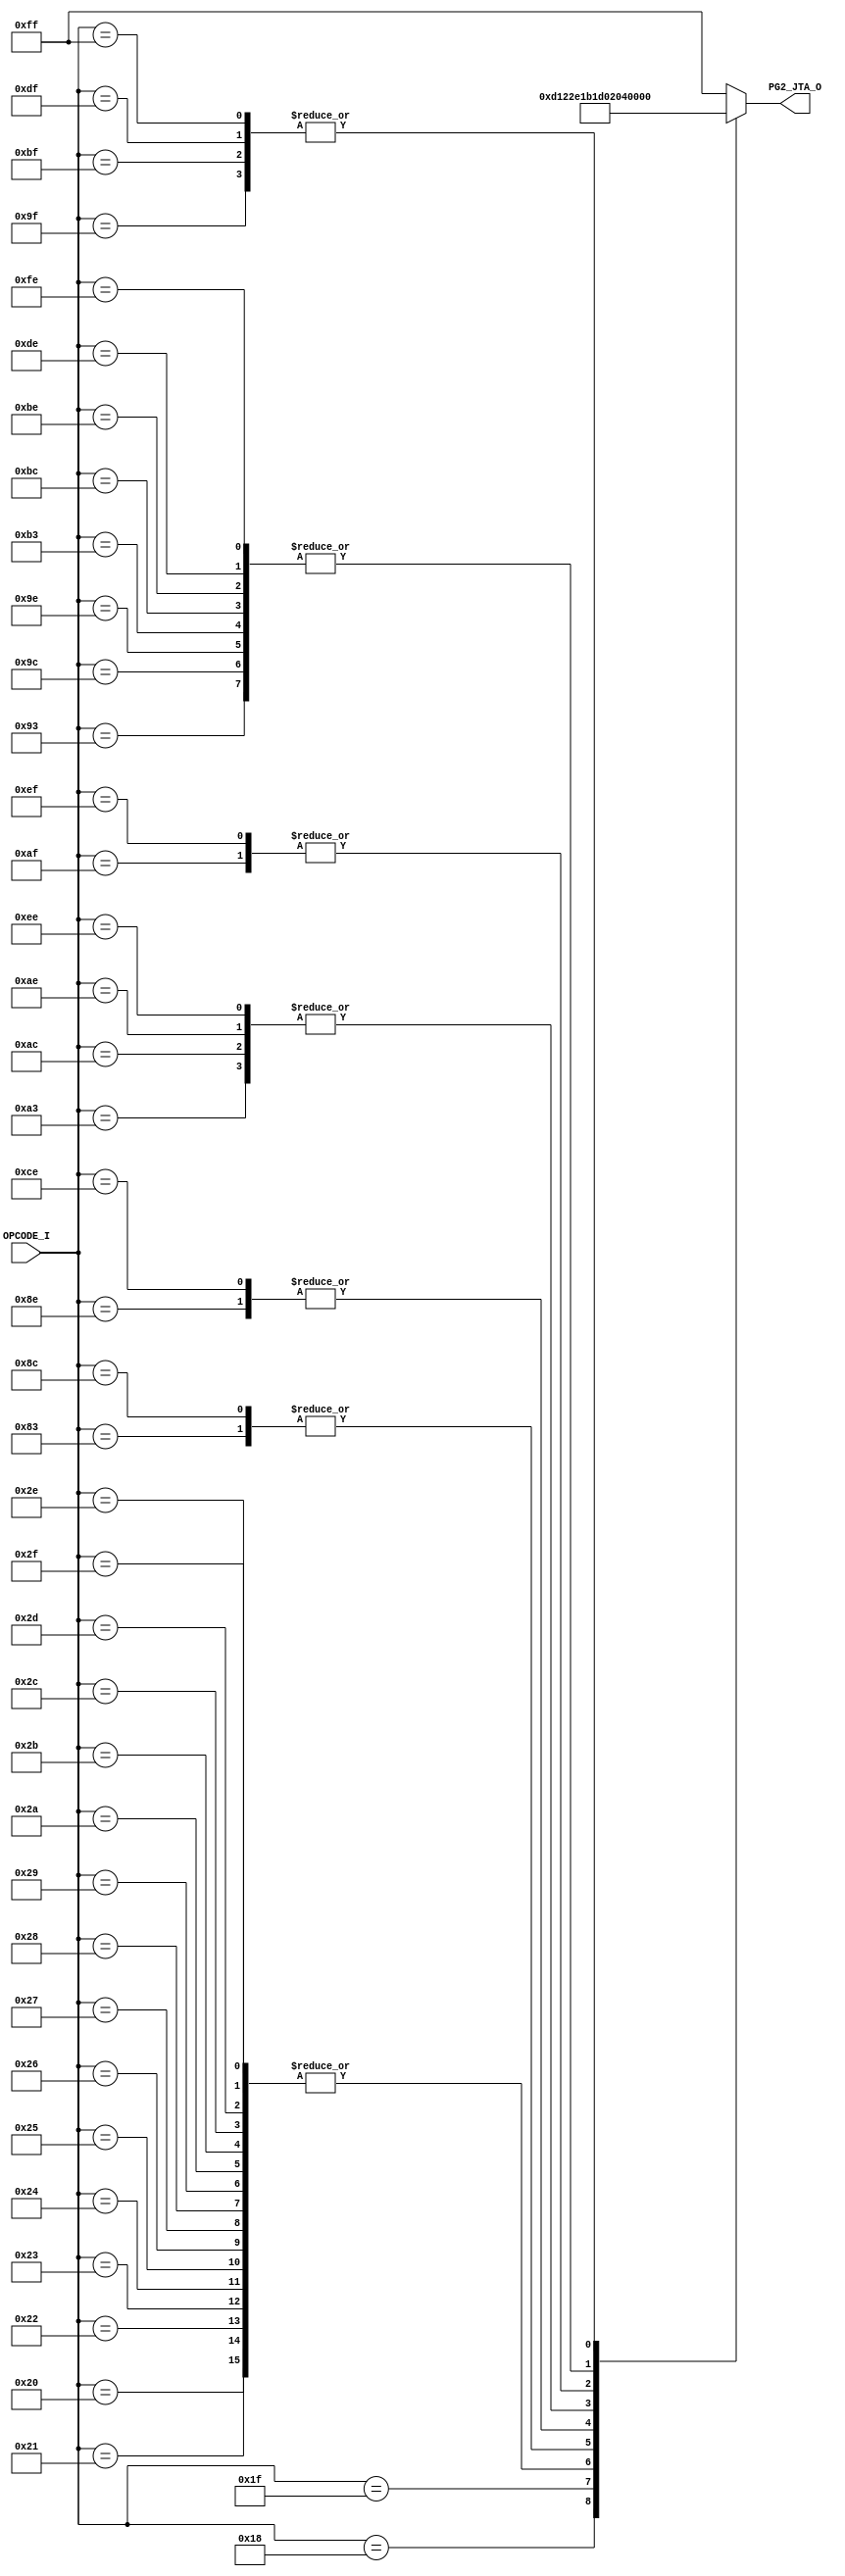
// [TURBO9_DECODE_HEADER_START]
//////////////////////////////////////////////////////////////////////////////
//                          Turbo9 Microprocessor IP
//////////////////////////////////////////////////////////////////////////////
// Website: www.turbo9.org
// Contact: team[at]turbo9[dot]org
//////////////////////////////////////////////////////////////////////////////
// [TURBO9_DECODE_LICENSE_START]
// BSD-1-Clause
//
// Copyright (c) 2020-2023
// Kevin Phillipson
// Michael Rywalt
// All rights reserved.
//
// Redistribution and use in source and binary forms, with or without
// modification, are permitted provided that the following conditions are met:
//
// 1. Redistributions of source code must retain the above copyright notice,
//    this list of conditions and the following disclaimer.
//
// THIS SOFTWARE IS PROVIDED BY THE COPYRIGHT HOLDERS AND CONTRIBUTORS "AS IS"
// AND ANY EXPRESS OR IMPLIED WARRANTIES, INCLUDING, BUT NOT LIMITED TO, THE
// IMPLIED WARRANTIES OF MERCHANTABILITY AND FITNESS FOR A PARTICULAR PURPOSE
// ARE DISCLAIMED. IN NO EVENT SHALL THE COPYRIGHT HOLDERS AND CONTRIBUTORS BE
// LIABLE FOR ANY DIRECT, INDIRECT, INCIDENTAL, SPECIAL, EXEMPLARY, OR
// CONSEQUENTIAL DAMAGES (INCLUDING, BUT NOT LIMITED TO, PROCUREMENT OF
// SUBSTITUTE GOODS OR SERVICES; LOSS OF USE, DATA, OR PROFITS; OR BUSINESS
// INTERRUPTION) HOWEVER CAUSED AND ON ANY THEORY OF LIABILITY, WHETHER IN
// CONTRACT, STRICT LIABILITY, OR TORT (INCLUDING NEGLIGENCE OR OTHERWISE)
// ARISING IN ANY WAY OUT OF THE USE OF THIS SOFTWARE, EVEN IF ADVISED OF THE
// POSSIBILITY OF SUCH DAMAGE.
// [TURBO9_DECODE_LICENSE_END]
//////////////////////////////////////////////////////////////////////////////
// Description:
// Assembled from turbo9_urtl.asm file
// built using cv_MICRO_SEQ_BRANCH_ADDR ctrl_vec
//
//////////////////////////////////////////////////////////////////////////////
// History:
// 07.14.2023 - Kevin Phillipson
//   File header added
//
//////////////////////////////////////////////////////////////////////////////
// [TURBO9_DECODE_HEADER_END]

/////////////////////////////////////////////////////////////////////////////
//                                MODULE
/////////////////////////////////////////////////////////////////////////////
module turbo9_urtl_decode_pg2_JTA(
  input      [7:0] OPCODE_I,
  output reg [7:0] PG2_JTA_O
);

/////////////////////////////////////////////////////////////////////////////
//                                LOGIC
/////////////////////////////////////////////////////////////////////////////

always @* begin
  case (OPCODE_I)
    8'h18 : PG2_JTA_O = 8'hd; // SAU16       IDIVS (inh)
    8'h1F : PG2_JTA_O = 8'h12; // CPY         CPY (inh)
    8'h20 : PG2_JTA_O = 8'h2e; // BRANCH      LBRA LBRN LBHI LBLS
    8'h21 : PG2_JTA_O = 8'h2e; // BRANCH      LBRA LBRN LBHI LBLS
    8'h22 : PG2_JTA_O = 8'h2e; // BRANCH      LBRA LBRN LBHI LBLS
    8'h23 : PG2_JTA_O = 8'h2e; // BRANCH      LBRA LBRN LBHI LBLS
    8'h24 : PG2_JTA_O = 8'h2e; // BRANCH      LBCC LBCS LBNE LBEQ
    8'h25 : PG2_JTA_O = 8'h2e; // BRANCH      LBCC LBCS LBNE LBEQ
    8'h26 : PG2_JTA_O = 8'h2e; // BRANCH      LBCC LBCS LBNE LBEQ
    8'h27 : PG2_JTA_O = 8'h2e; // BRANCH      LBCC LBCS LBNE LBEQ
    8'h28 : PG2_JTA_O = 8'h2e; // BRANCH      LBVC LBVS LBPL LBMI
    8'h29 : PG2_JTA_O = 8'h2e; // BRANCH      LBVC LBVS LBPL LBMI
    8'h2A : PG2_JTA_O = 8'h2e; // BRANCH      LBVC LBVS LBPL LBMI
    8'h2B : PG2_JTA_O = 8'h2e; // BRANCH      LBVC LBVS LBPL LBMI
    8'h2C : PG2_JTA_O = 8'h2e; // BRANCH      LBGE LBLT LBGT LBLE
    8'h2D : PG2_JTA_O = 8'h2e; // BRANCH      LBGE LBLT LBGT LBLE
    8'h2E : PG2_JTA_O = 8'h2e; // BRANCH      LBGE LBLT LBGT LBLE
    8'h2F : PG2_JTA_O = 8'h2e; // BRANCH      LBGE LBLT LBGT LBLE
    8'h83 : PG2_JTA_O = 8'h1b; // CMP         CMPD (imm)
    8'h8C : PG2_JTA_O = 8'h1b; // CMP         CMPY (imm)
    8'h8E : PG2_JTA_O = 8'h1d; // LD          LDY (imm)
    8'h93 : PG2_JTA_O = 8'h1; // LD_DIR_EXT  CMPD (dir ext)
    8'h9C : PG2_JTA_O = 8'h1; // LD_DIR_EXT  CMPY (dir ext)
    8'h9E : PG2_JTA_O = 8'h1; // LD_DIR_EXT  LDY (dir ext)
    8'h9F : PG2_JTA_O = 8'h22; // ST          STY (dir ext)
    8'hA3 : PG2_JTA_O = 8'h2; // LD_INDEXED  CMPD (idx)
    8'hAC : PG2_JTA_O = 8'h2; // LD_INDEXED  CMPY (idx)
    8'hAE : PG2_JTA_O = 8'h2; // LD_INDEXED  LDY (idx)
    8'hAF : PG2_JTA_O = 8'h4; // ST_INDEXED  STY (idx)
    8'hB3 : PG2_JTA_O = 8'h1; // LD_DIR_EXT  CMPD (dir ext)
    8'hBC : PG2_JTA_O = 8'h1; // LD_DIR_EXT  CMPY (dir ext)
    8'hBE : PG2_JTA_O = 8'h1; // LD_DIR_EXT  LDY (dir ext)
    8'hBF : PG2_JTA_O = 8'h22; // ST          STY (dir ext)
    8'hCE : PG2_JTA_O = 8'h1d; // LD          LDS (imm)
    8'hDE : PG2_JTA_O = 8'h1; // LD_DIR_EXT  LDS (dir ext)
    8'hDF : PG2_JTA_O = 8'h22; // ST          STS (dir ext)
    8'hEE : PG2_JTA_O = 8'h2; // LD_INDEXED  LDS (idx)
    8'hEF : PG2_JTA_O = 8'h4; // ST_INDEXED  STS (idx)
    8'hFE : PG2_JTA_O = 8'h1; // LD_DIR_EXT  LDS (dir ext)
    8'hFF : PG2_JTA_O = 8'h22; // ST          STS (dir ext)
    default : PG2_JTA_O = 8'hFF; // from decode_init
  endcase
end

`ifdef SIM_TURBO9

reg [(8*64):0] PG2_JTA_op;

always @* begin
  case (OPCODE_I)
    8'h18 : PG2_JTA_op = "IDIVS (inh)";
    8'h1F : PG2_JTA_op = "CPY (inh)";
    8'h20 : PG2_JTA_op = "LBRA LBRN LBHI LBLS";
    8'h21 : PG2_JTA_op = "LBRA LBRN LBHI LBLS";
    8'h22 : PG2_JTA_op = "LBRA LBRN LBHI LBLS";
    8'h23 : PG2_JTA_op = "LBRA LBRN LBHI LBLS";
    8'h24 : PG2_JTA_op = "LBCC LBCS LBNE LBEQ";
    8'h25 : PG2_JTA_op = "LBCC LBCS LBNE LBEQ";
    8'h26 : PG2_JTA_op = "LBCC LBCS LBNE LBEQ";
    8'h27 : PG2_JTA_op = "LBCC LBCS LBNE LBEQ";
    8'h28 : PG2_JTA_op = "LBVC LBVS LBPL LBMI";
    8'h29 : PG2_JTA_op = "LBVC LBVS LBPL LBMI";
    8'h2A : PG2_JTA_op = "LBVC LBVS LBPL LBMI";
    8'h2B : PG2_JTA_op = "LBVC LBVS LBPL LBMI";
    8'h2C : PG2_JTA_op = "LBGE LBLT LBGT LBLE";
    8'h2D : PG2_JTA_op = "LBGE LBLT LBGT LBLE";
    8'h2E : PG2_JTA_op = "LBGE LBLT LBGT LBLE";
    8'h2F : PG2_JTA_op = "LBGE LBLT LBGT LBLE";
    8'h83 : PG2_JTA_op = "CMPD (imm)";
    8'h8C : PG2_JTA_op = "CMPY (imm)";
    8'h8E : PG2_JTA_op = "LDY (imm)";
    8'h93 : PG2_JTA_op = "CMPD (dir ext)";
    8'h9C : PG2_JTA_op = "CMPY (dir ext)";
    8'h9E : PG2_JTA_op = "LDY (dir ext)";
    8'h9F : PG2_JTA_op = "STY (dir ext)";
    8'hA3 : PG2_JTA_op = "CMPD (idx)";
    8'hAC : PG2_JTA_op = "CMPY (idx)";
    8'hAE : PG2_JTA_op = "LDY (idx)";
    8'hAF : PG2_JTA_op = "STY (idx)";
    8'hB3 : PG2_JTA_op = "CMPD (dir ext)";
    8'hBC : PG2_JTA_op = "CMPY (dir ext)";
    8'hBE : PG2_JTA_op = "LDY (dir ext)";
    8'hBF : PG2_JTA_op = "STY (dir ext)";
    8'hCE : PG2_JTA_op = "LDS (imm)";
    8'hDE : PG2_JTA_op = "LDS (dir ext)";
    8'hDF : PG2_JTA_op = "STS (dir ext)";
    8'hEE : PG2_JTA_op = "LDS (idx)";
    8'hEF : PG2_JTA_op = "STS (idx)";
    8'hFE : PG2_JTA_op = "LDS (dir ext)";
    8'hFF : PG2_JTA_op = "STS (dir ext)";
    default : PG2_JTA_op = "invalid";
  endcase
end

reg [(8*64):0] PG2_JTA_eq;

always @* begin
  case (OPCODE_I)
    8'h18 : PG2_JTA_eq = "SAU16";
    8'h1F : PG2_JTA_eq = "CPY";
    8'h20 : PG2_JTA_eq = "BRANCH";
    8'h21 : PG2_JTA_eq = "BRANCH";
    8'h22 : PG2_JTA_eq = "BRANCH";
    8'h23 : PG2_JTA_eq = "BRANCH";
    8'h24 : PG2_JTA_eq = "BRANCH";
    8'h25 : PG2_JTA_eq = "BRANCH";
    8'h26 : PG2_JTA_eq = "BRANCH";
    8'h27 : PG2_JTA_eq = "BRANCH";
    8'h28 : PG2_JTA_eq = "BRANCH";
    8'h29 : PG2_JTA_eq = "BRANCH";
    8'h2A : PG2_JTA_eq = "BRANCH";
    8'h2B : PG2_JTA_eq = "BRANCH";
    8'h2C : PG2_JTA_eq = "BRANCH";
    8'h2D : PG2_JTA_eq = "BRANCH";
    8'h2E : PG2_JTA_eq = "BRANCH";
    8'h2F : PG2_JTA_eq = "BRANCH";
    8'h83 : PG2_JTA_eq = "CMP";
    8'h8C : PG2_JTA_eq = "CMP";
    8'h8E : PG2_JTA_eq = "LD";
    8'h93 : PG2_JTA_eq = "LD_DIR_EXT";
    8'h9C : PG2_JTA_eq = "LD_DIR_EXT";
    8'h9E : PG2_JTA_eq = "LD_DIR_EXT";
    8'h9F : PG2_JTA_eq = "ST";
    8'hA3 : PG2_JTA_eq = "LD_INDEXED";
    8'hAC : PG2_JTA_eq = "LD_INDEXED";
    8'hAE : PG2_JTA_eq = "LD_INDEXED";
    8'hAF : PG2_JTA_eq = "ST_INDEXED";
    8'hB3 : PG2_JTA_eq = "LD_DIR_EXT";
    8'hBC : PG2_JTA_eq = "LD_DIR_EXT";
    8'hBE : PG2_JTA_eq = "LD_DIR_EXT";
    8'hBF : PG2_JTA_eq = "ST";
    8'hCE : PG2_JTA_eq = "LD";
    8'hDE : PG2_JTA_eq = "LD_DIR_EXT";
    8'hDF : PG2_JTA_eq = "ST";
    8'hEE : PG2_JTA_eq = "LD_INDEXED";
    8'hEF : PG2_JTA_eq = "ST_INDEXED";
    8'hFE : PG2_JTA_eq = "LD_DIR_EXT";
    8'hFF : PG2_JTA_eq = "ST";
    default : PG2_JTA_eq = "invalid";
  endcase
end

`endif

/////////////////////////////////////////////////////////////////////////////

endmodule